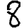
Digit: 8